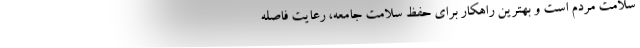
سلامت مردم است و بهترین راهکار برای حفظ سلامت جامعه، رعایت فاصله